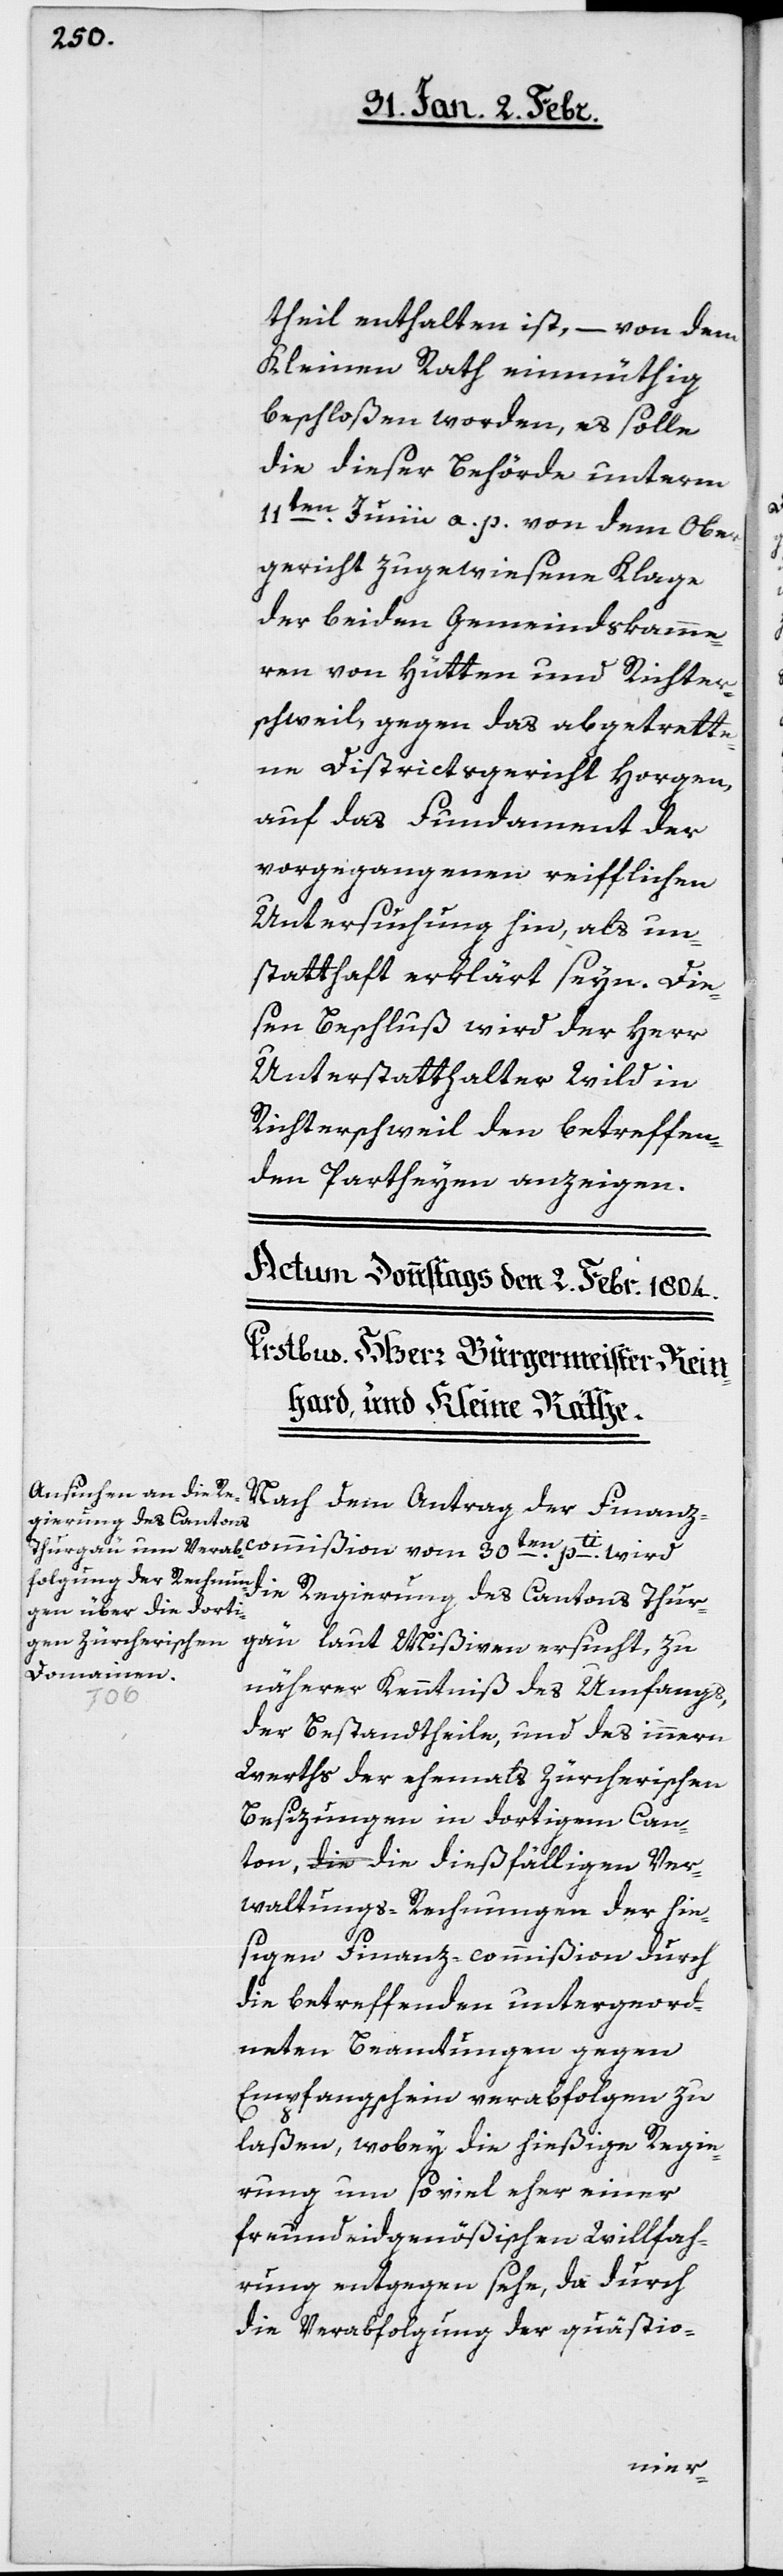
theil enthalten ist, – von dem
Kleinen Rath einmüthig
beschloßen worden, es solle
die dieser Behörde unterm
11ten. Junii a. p. von dem Ober¬
gericht zugewiesene Klage
der beiden Gemeindskamme¬
ren von Hütten und Richter¬
schweil, gegen das abgetrette¬
ne Districtsgericht Horgen
auf das Fundament der
vorgegangenen reifflichen
Untersuchung hin, als un¬
statthaft erklärt seyn. Die¬
sen Beschluß wird der Herr
Unterstatthalter Wild in
Richterschweil den betreffen¬
den Partheyen anzeigen.
Nach dem Antrag der Finanz¬
die Regierung des Cantons Thur¬
gäu laut Mißiven ersucht, zu
näherer Kenntniß des Umfangs,
der Bestandtheile, und des innern
Werths der ehemals Zürcherischen
Besizungen in dortigem Can¬
ton, die dießfälligen Ver¬
waltungs-Rechnungen der hie¬
sigen Finanz-commißion durch
die betreffenden untergeord¬
neten Beamtungen gegen
Empfangsschein verabfolgen zu
laßen, wobey die hießige Regie¬
rung um soviel eher einer
freundeidgenößischen Willfah¬
rung entgegen sehe, die durch
die Verabfolgung der quästio-
commißion